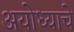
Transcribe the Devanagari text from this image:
अयोध्याचे